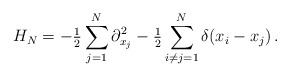
\begin{align*}H_N = - \tfrac{1}{2} \sum_{j=1}^N \partial_{x_j}^2 - \tfrac{1}{2} \sum_{i \neq j = 1}^N\delta(x_i - x_j)\,.\end{align*}